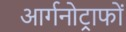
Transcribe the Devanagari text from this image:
आर्गनोट्राफों